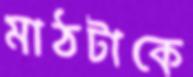
মাঠটাকে